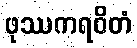
ဖုဿကရဝိတံ